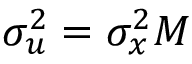
\sigma _ { u } ^ { 2 } = \sigma _ { x } ^ { 2 } M